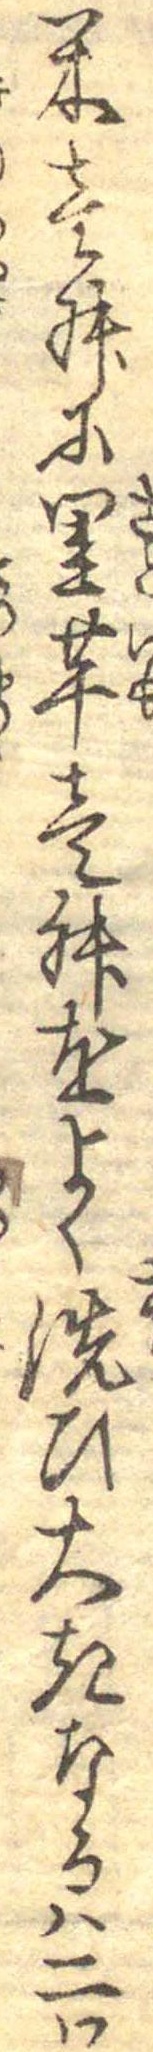
米壱舛に里芋壱舛をよく洗ひ大きなるは二つ